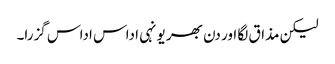
لیکن مذاق لگا اور دن بھر یونہی اداس اداس گزرا۔